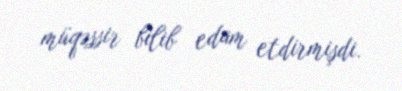
müqəssir bilib edam etdirmişdi.